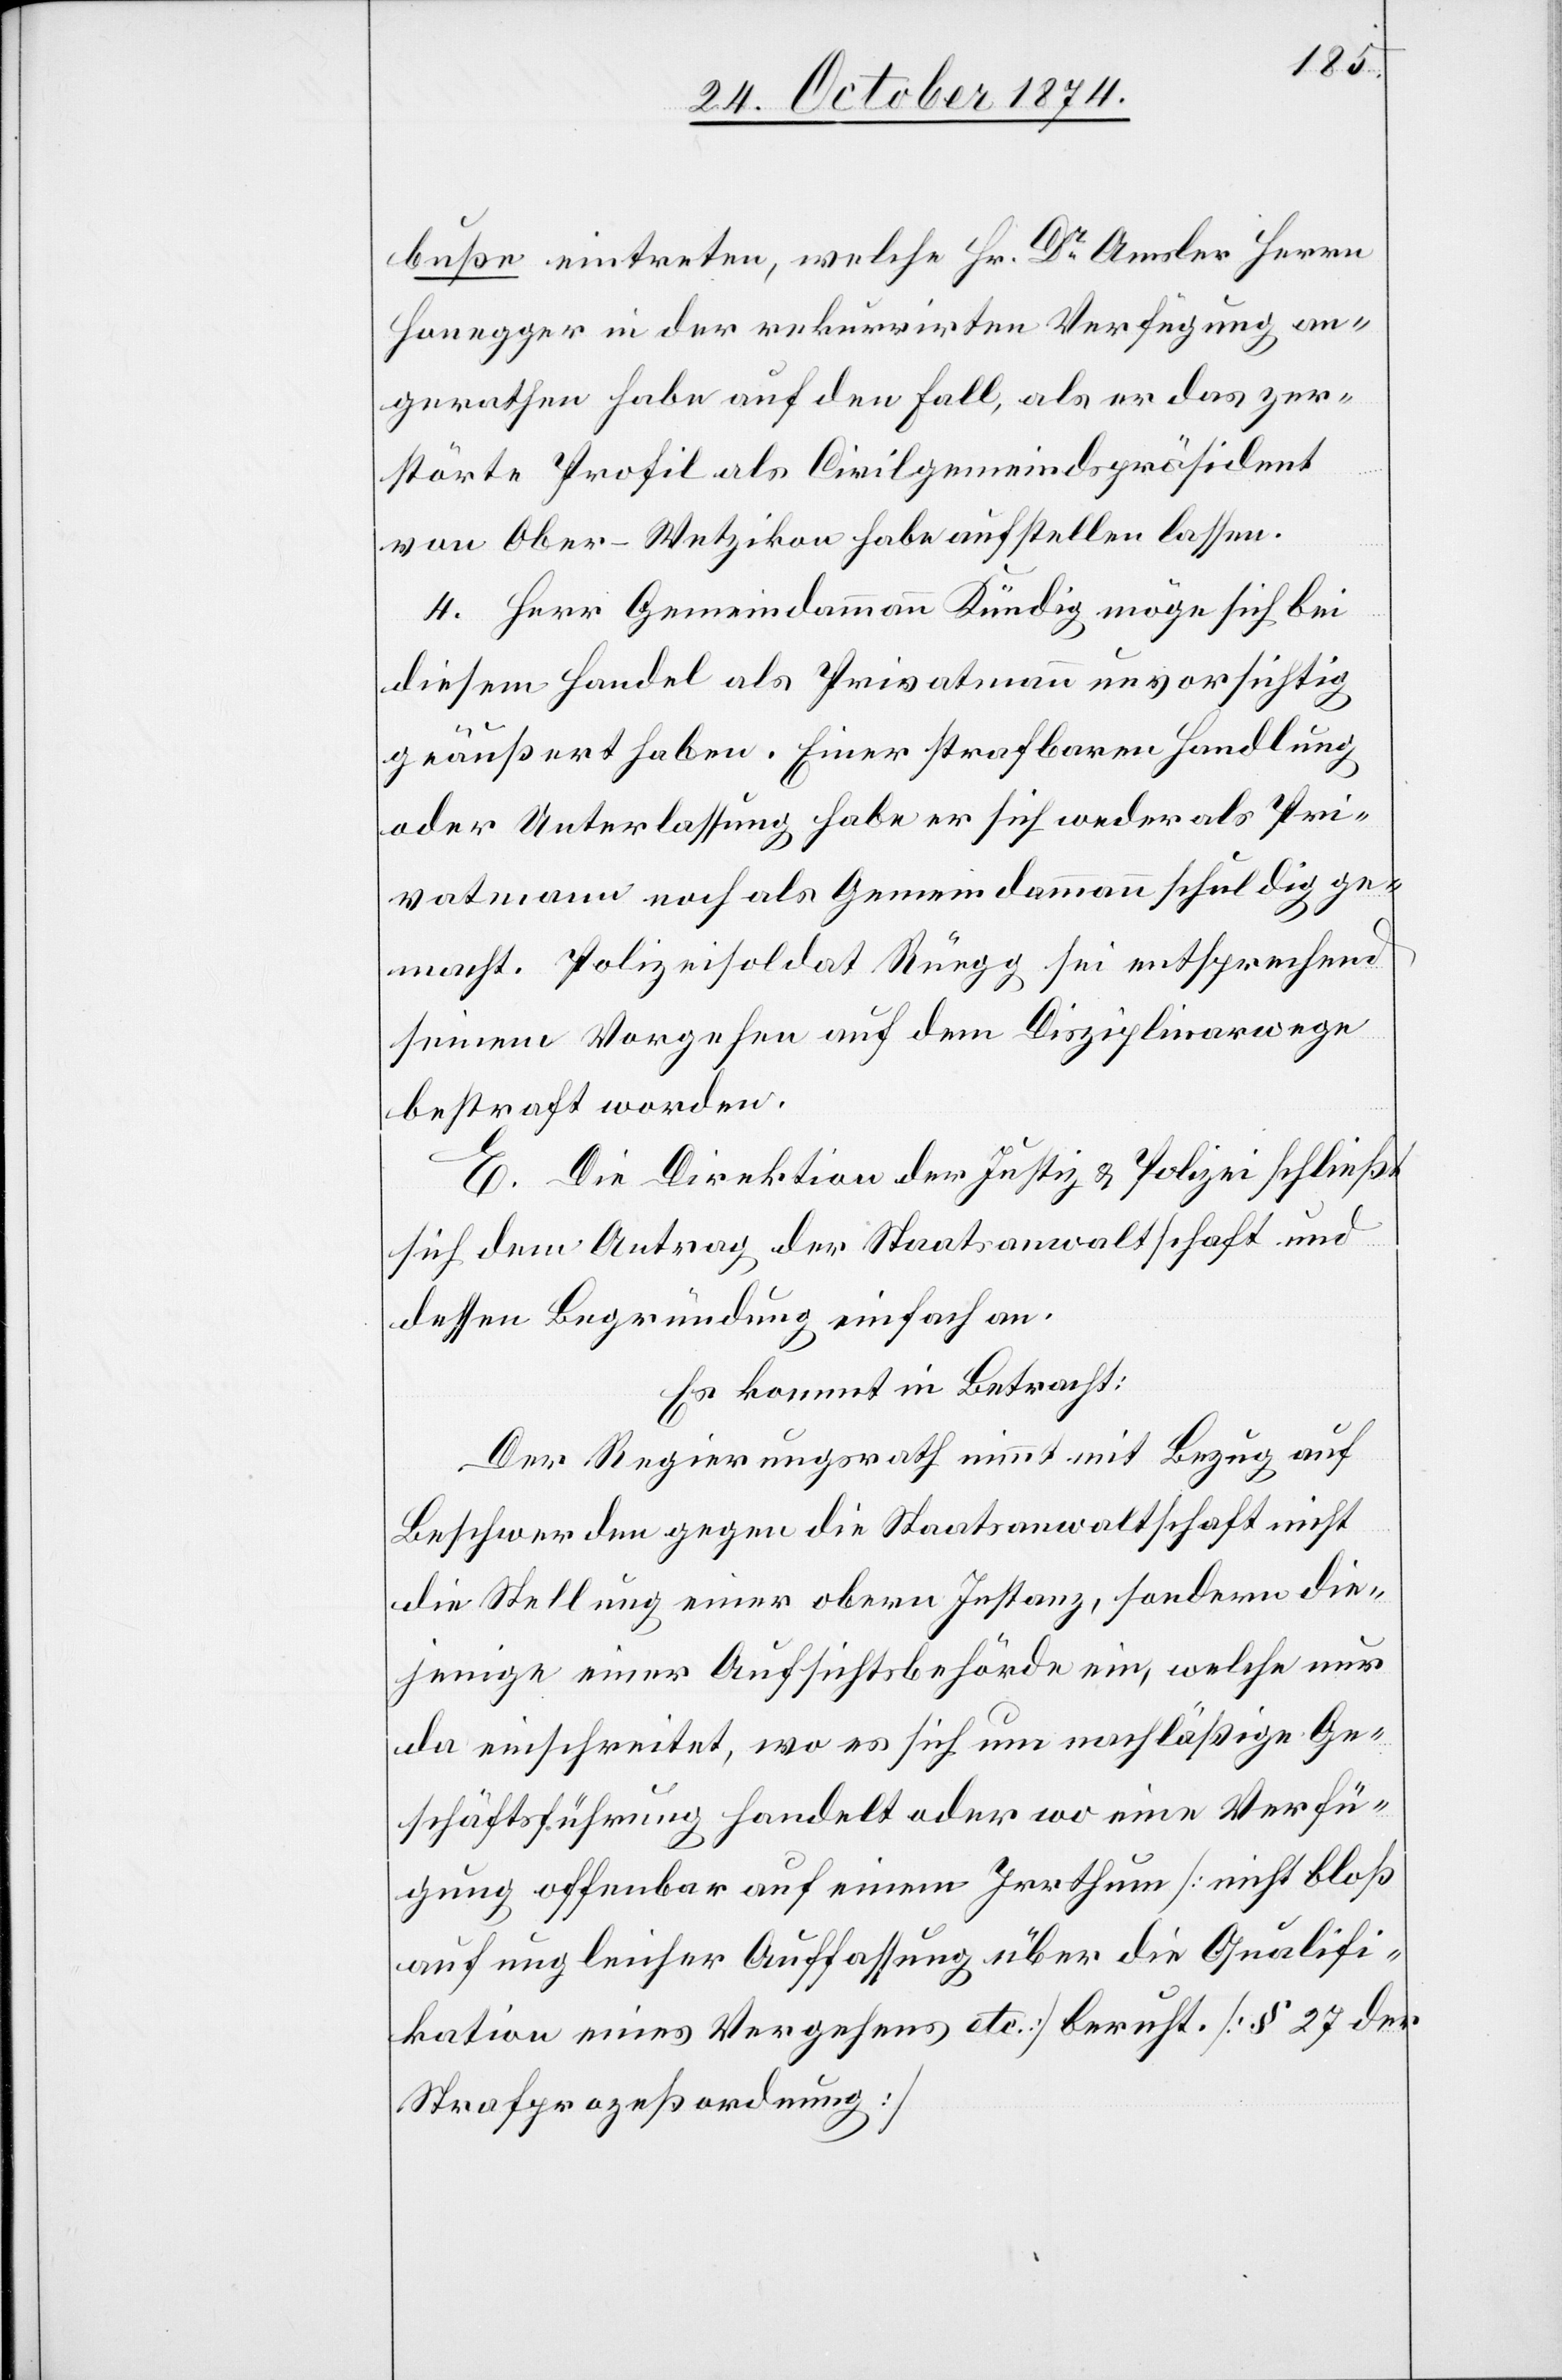
buße eintreten, welche Hr. Dr Amsler Herrn
Honegger in der rekurrirten Verfügung an¬
gerathen habe auf den Fall, als er das zer¬
störte Profil als Civilgemeindspräsident
von Ober-Wetzikon habe aufstellen lassen.
4. Herr Gemeindammann Kündig möge sich bei
diesem Handel als Privatmann unvorsichtig
geäußert haben. Einer strafbaren Handlung
oder Unterlassung habe er sich weder als Pri¬
vatmann noch als Gemeindammann schuldig ge¬
macht. Polizeisoldat Rüegg sei entsprechend
seinem Vorgehen auf dem Disziplinarwege
bestraft worden.
E. Die Direktion der Justiz & Polizei schließt
sich dem Antrag der Staatsanwaltschaft und
dessen Begründung einfach an.
Es kommt in Betracht:
Der Regierungsrath nimmt mit Bezug auf
Beschwerden gegen die Staatsanwaltschaft nicht
die Stellung einer obern Instanz, sondern die¬
jenige einer Aufsichtsbehörde ein, welche nur
da einschreitet, wo es sich um nachläßige Ge¬
schäftsführung handelt oder wo eine Verfü¬
gung offenbar auf einem Irrthum [nicht bloß
auf ungleicher Auffassung über die Qualifi¬
kation eines Vergehens etc.] beruht. [§ 27 der
Strafprozeßordnung]